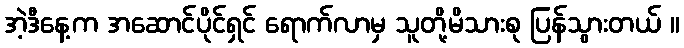
အဲ့ဒီနေ့က အဆောင်ပိုင်ရှင် ရောက်လာမှ သူတို့မိသားစု ပြန်သွားတယ် ။